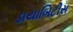
ડાયાબિટીસ